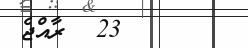
23  ރާއްޖެ